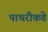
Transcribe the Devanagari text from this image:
पाथरीकडे